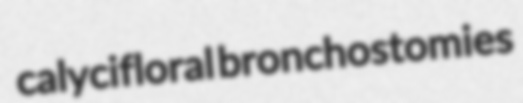
calycifloral bronchostomies